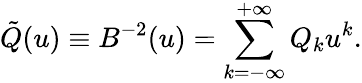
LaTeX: \tilde{Q}(u)\equiv B^{-2}(u)=\sum_{k=-\infty}^{+\infty}Q_{k}u^{k}.